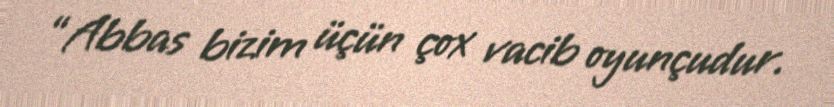
“Abbas bizim üçün çox vacib oyunçudur.